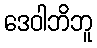
ဒေဝါဘိဘူ